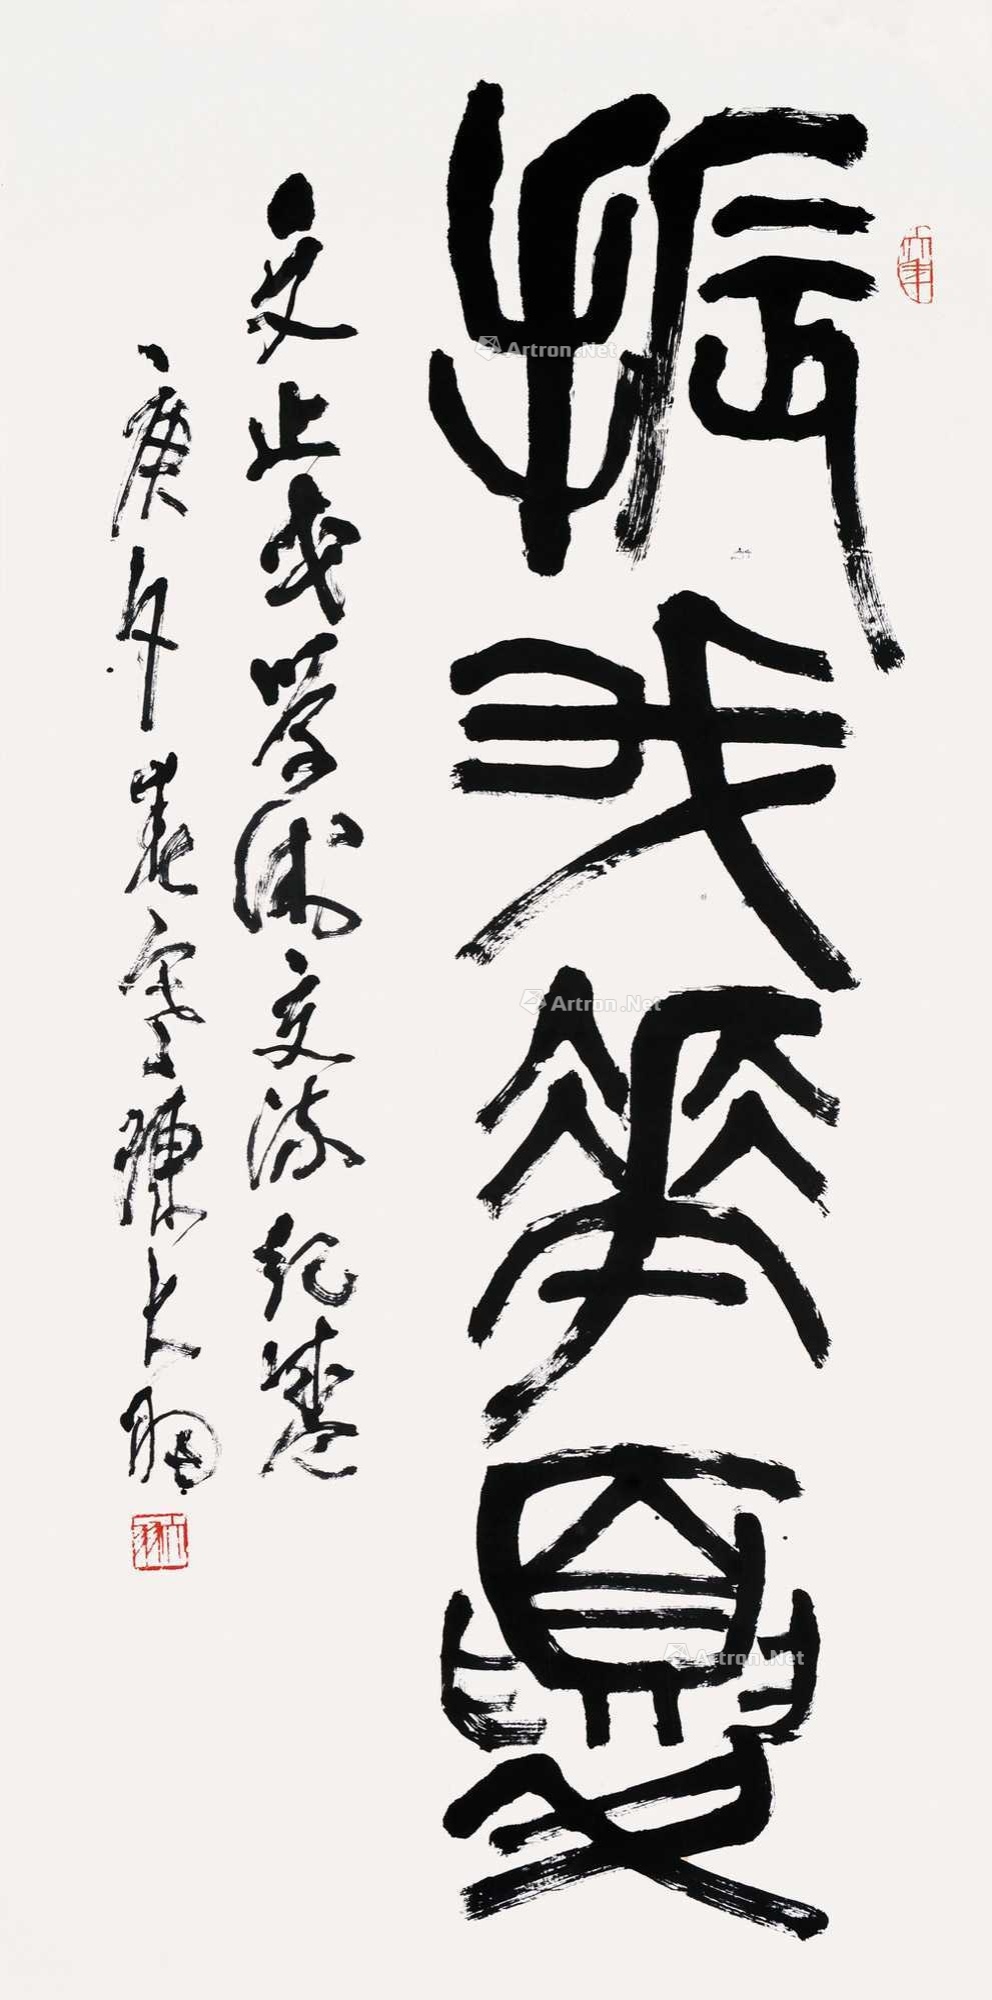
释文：振我华夏文止戈学术交流纪念，庚夕春写陈大羽。